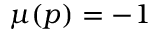
\mu ( p ) = - 1